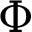
\Phi